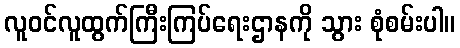
လူဝင်လူထွက်ကြီးကြပ်ရေးဌာနကို သွား စုံစမ်းပါ။